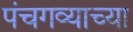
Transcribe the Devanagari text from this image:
पंचगव्याच्या